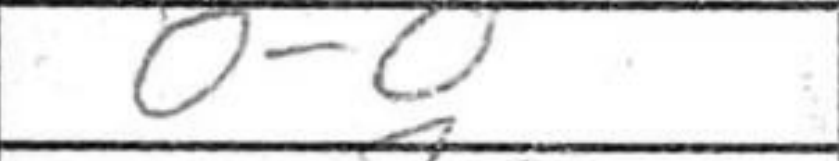
Transcription: O-O